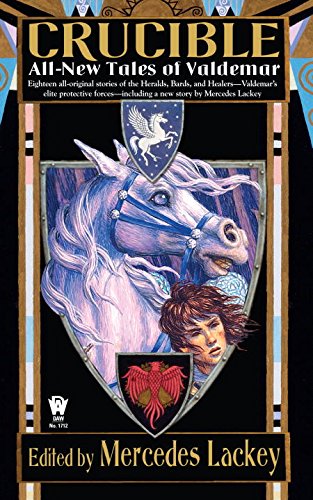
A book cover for Crucible: All-New Tales of Valdemar; Mercedes Lackey; Science Fiction & Fantasy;